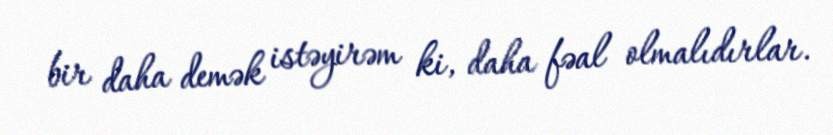
bir daha demək istəyirəm ki, daha fəal olmalıdırlar.